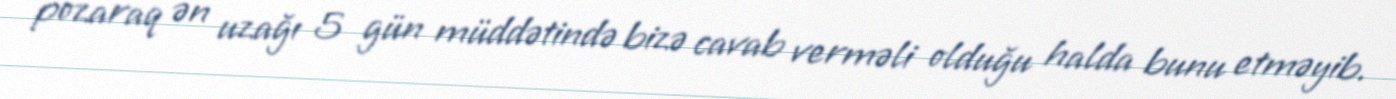
pozaraq ən uzağı 5 gün müddətində bizə cavab verməli olduğu halda bunu etməyib.